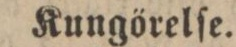
Kungörelſe.